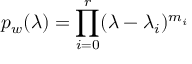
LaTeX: p _ { w } ( \lambda ) = \prod _ { i = 0 } ^ { r } ( \lambda - \lambda _ { i } ) ^ { m _ { i } }